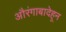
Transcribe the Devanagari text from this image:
औरंगाबादेहून